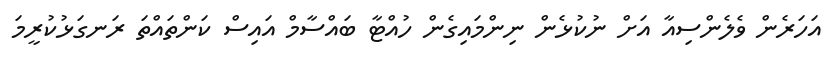
އަހަރެން ވެލެންސިއާ އަށް ނުކުޅެން ނިންމައިގެން ހުއްޓާ ބައްސާމް އައިސް ކަންތައްތަ ރަނގަޅުކުރީމަ